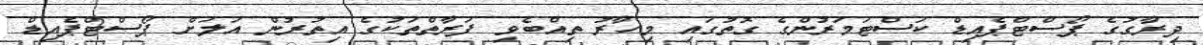
ދިރާގުގެ ޕޯސްޓްޕެއިޑް ކަސްޓަމަރުންގެ ގޮތުގައި މިހާރު ތިއްބެވި ފަރާތްތަކުގެ އިތުރުން އަލަށް ޕޯސްޓްޕެއިޑް